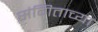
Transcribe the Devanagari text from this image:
संगिताच्या